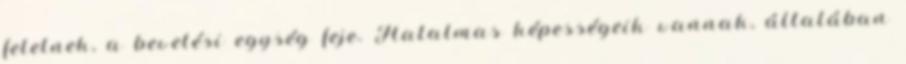
felelnek, a bevetési egység feje. Hatalmas képességeik vannak, általában